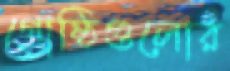
গোষ্ঠিগুলোর